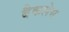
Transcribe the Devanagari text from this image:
बैकलेस